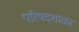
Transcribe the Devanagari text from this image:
परिषदशाळा